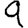
Digit: 9